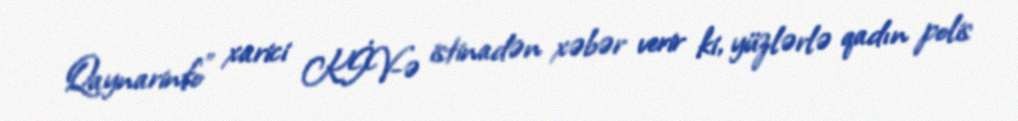
Qaynarinfo" xarici KİV-ə istinadən xəbər verir ki, yüzlərlə qadın polis